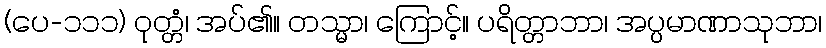
(ပေ-၁၁၁) ဝုတ္တံ၊ အပ်၏။ တသ္မာ၊ ကြောင့်။ ပရိတ္တာဘာ၊ အပ္ပမာဏာသုဘာ၊